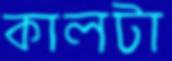
কালটা